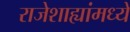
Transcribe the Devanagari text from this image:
राजेशाह्यांमध्ये